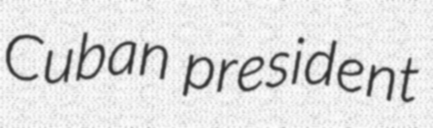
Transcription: Cuban president